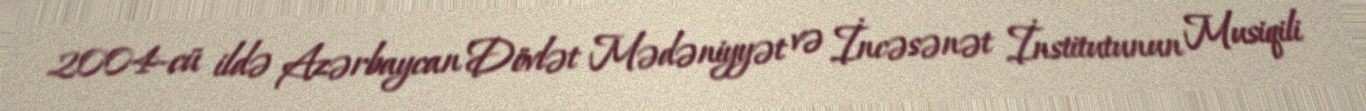
2004-cü ildə Azərbaycan Dövlət Mədəniyyət və İncəsənət İnstitutunun Musiqili